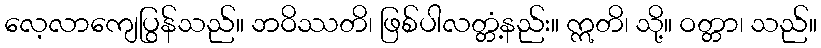
လေ့လာကျေပြွန်သည်။ ဘဝိဿတိ၊ ဖြစ်ပါလတ္တံ့နည်း။ ဣတိ၊ သို့။ ဝတ္တာ၊ သည်။